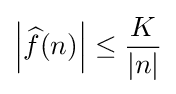
\left|{\widehat {f}}(n)\right|\leq {K \over |n|}